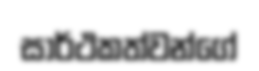
සාර්ථකත්වන්ගේ